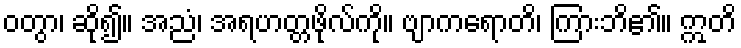
ဝတွာ၊ ဆို၍။ အညံ၊ အရဟတ္တဖိုလ်ကို။ ဗျာကရောတိ၊ ကြားဘိ၏။ ဣတိ